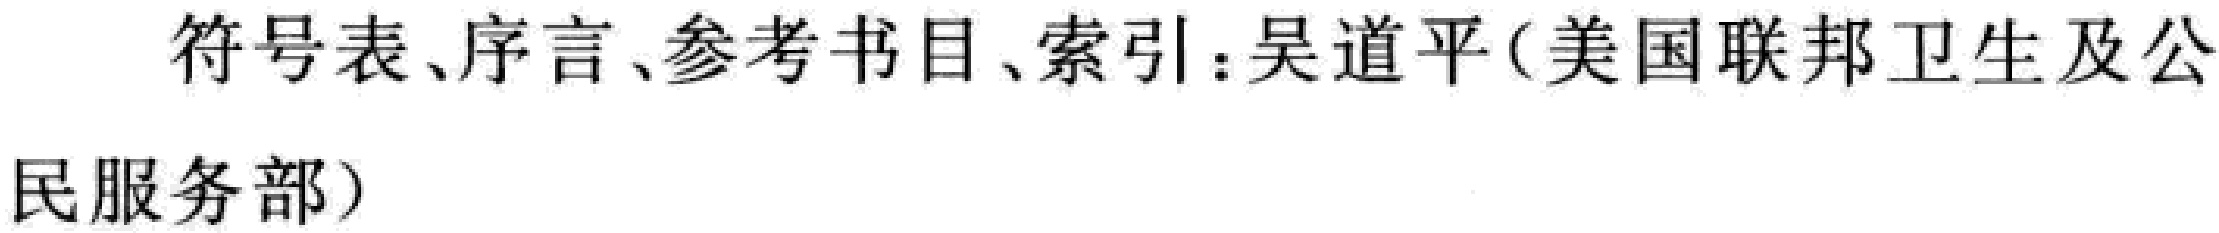
符号表、序言、参考书目、索引：吴道平（美国联邦卫生及公民服务部）